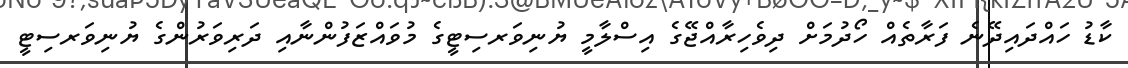
ކާޑު ހައްދައިދޭނެ ފަރާތެއް ހޯދުމަށް ދިވެހިރާއްޖޭގެ އިސްލާމީ ޔުނިވަރސިޓީގެ މުވައްޒަފުންނާއި ދަރިވަރުންގެ ޔުނިވަރސިޓީ